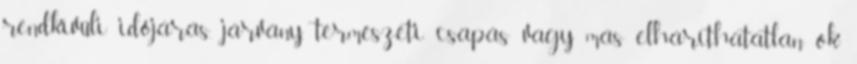
rendkívüli időjárás, járvány, természeti csapás vagy más elháríthatatlan ok